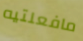
مافعلتيه